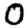
Digit: 0